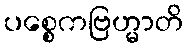
ပစ္စေကဗြဟ္မာတိ